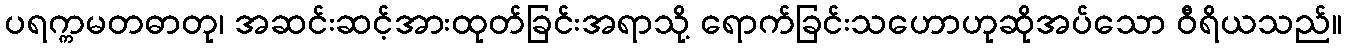
ပရက္ကမတဓာတု၊ အဆင်းဆင့်အားထုတ်ခြင်းအရာသို့ ရောက်ခြင်းသဟောဟုဆိုအပ်သော ဝီရိယသည်။